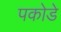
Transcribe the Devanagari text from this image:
पकोडे